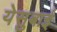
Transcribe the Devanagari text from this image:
येसुबाई